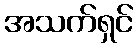
အသက်ရှင်